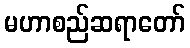
မဟာစည်ဆရာတော်